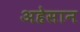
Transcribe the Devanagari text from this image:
अहेसान